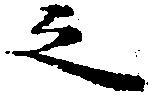
之